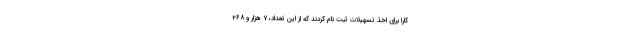
کارا برای اخذ تسهیلات ثبت نام کردند که از این تعداد، ۷ هزار و ۲۶۸